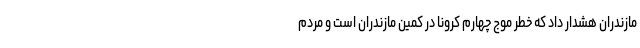
مازندران هشدار داد که خطر موج چهارم کرونا در کمین مازندران است و مردم